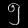
Digit: ၅